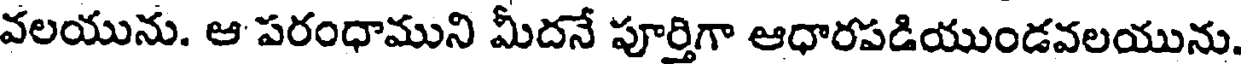
వలయును. ఆ పరంధాముని మీదనే పూర్తిగా ఆధారపడియుండవలయును